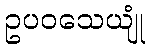
ဥပဝသေယျုံ